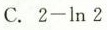
C. $$2 - \ln 2$$